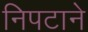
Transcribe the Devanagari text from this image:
निपटाने